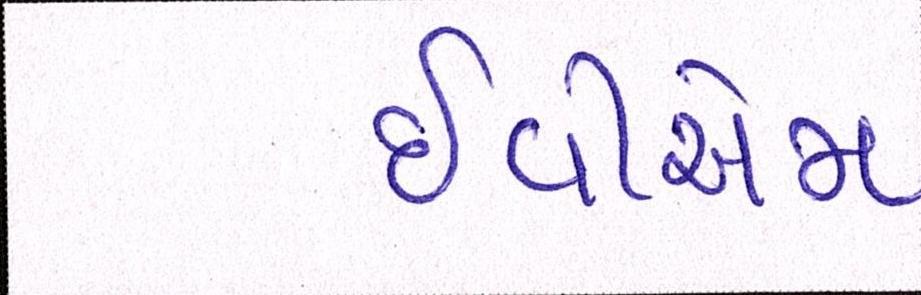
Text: ઇવીએમ